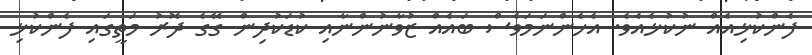
ފެންކުޅިއެއް ނުކުޅެއެވެ. އެހެންނަމަވެސް ބައެއް ޒުވާނުންނާއި ކުޑަކުދިން ގޭގެ ދޮރު މަތީގައި ފެންކުޅި